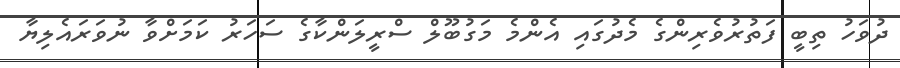
ދުވަހު ތިބީ ފަތުރުވެރިންގެ މެދުގައި އެންމެ މަގުބޫލް ސްރީލަންކާގެ ސަހަރު ކަމަށްވާ ނުވަރައެލިޔާ